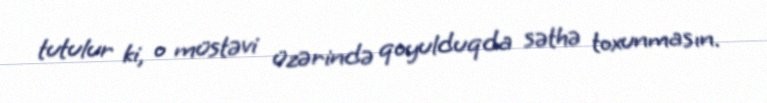
tutulur ki, o müstəvi üzərində qoyulduqda səthə toxunmasın.